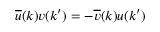
\overline { { { u } } } ( k ) v ( k ^ { \prime } ) = - \overline { { { v } } } ( k ) u ( k ^ { \prime } )